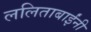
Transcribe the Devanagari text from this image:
ललिताबाईंनी